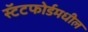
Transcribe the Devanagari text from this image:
स्टॅटफोर्डमधील